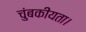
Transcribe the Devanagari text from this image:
चुंबकीयता।